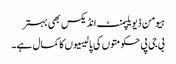
ہیومن ڈیویلپمنٹ انڈیکس بھی بہتر
بی جی پی حکومتوں کی پالیسیوں کا کمال ہے۔